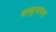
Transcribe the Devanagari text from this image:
वास्तुपरंपरा